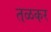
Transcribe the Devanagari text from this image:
तळकर